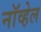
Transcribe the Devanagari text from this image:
नॉव्हेल